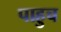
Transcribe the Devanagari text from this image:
पाहुच